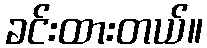
ခင်းထားတယ်။